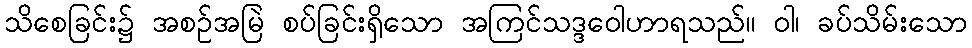
သိစေခြင်း၌ အစဉ်အမြဲ စပ်ခြင်းရှိသော အကြင်သဒ္ဒဝေါဟာရသည်။ ဝါ၊ ခပ်သိမ်းသော